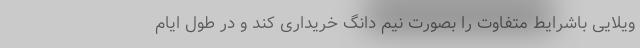
ویلایی باشرایط متفاوت را بصورت نیم دانگ خریداری کند و در طول ایام